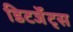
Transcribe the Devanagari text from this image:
डिटर्जेंट्स